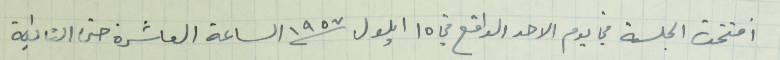
افتتحت الجلسة في يوم الاحد الواقع في ١٥ ايلول سنة ١٩٥٧ الساعة العاشرة حتى الثانية